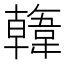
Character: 𩏑